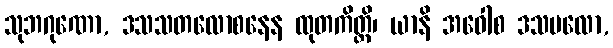
သုဘဂုဏော, ဒသသတလောစနေန ထုတကိတ္တိ၊ ယာနိ အဝေါစ ဒသဗလော,